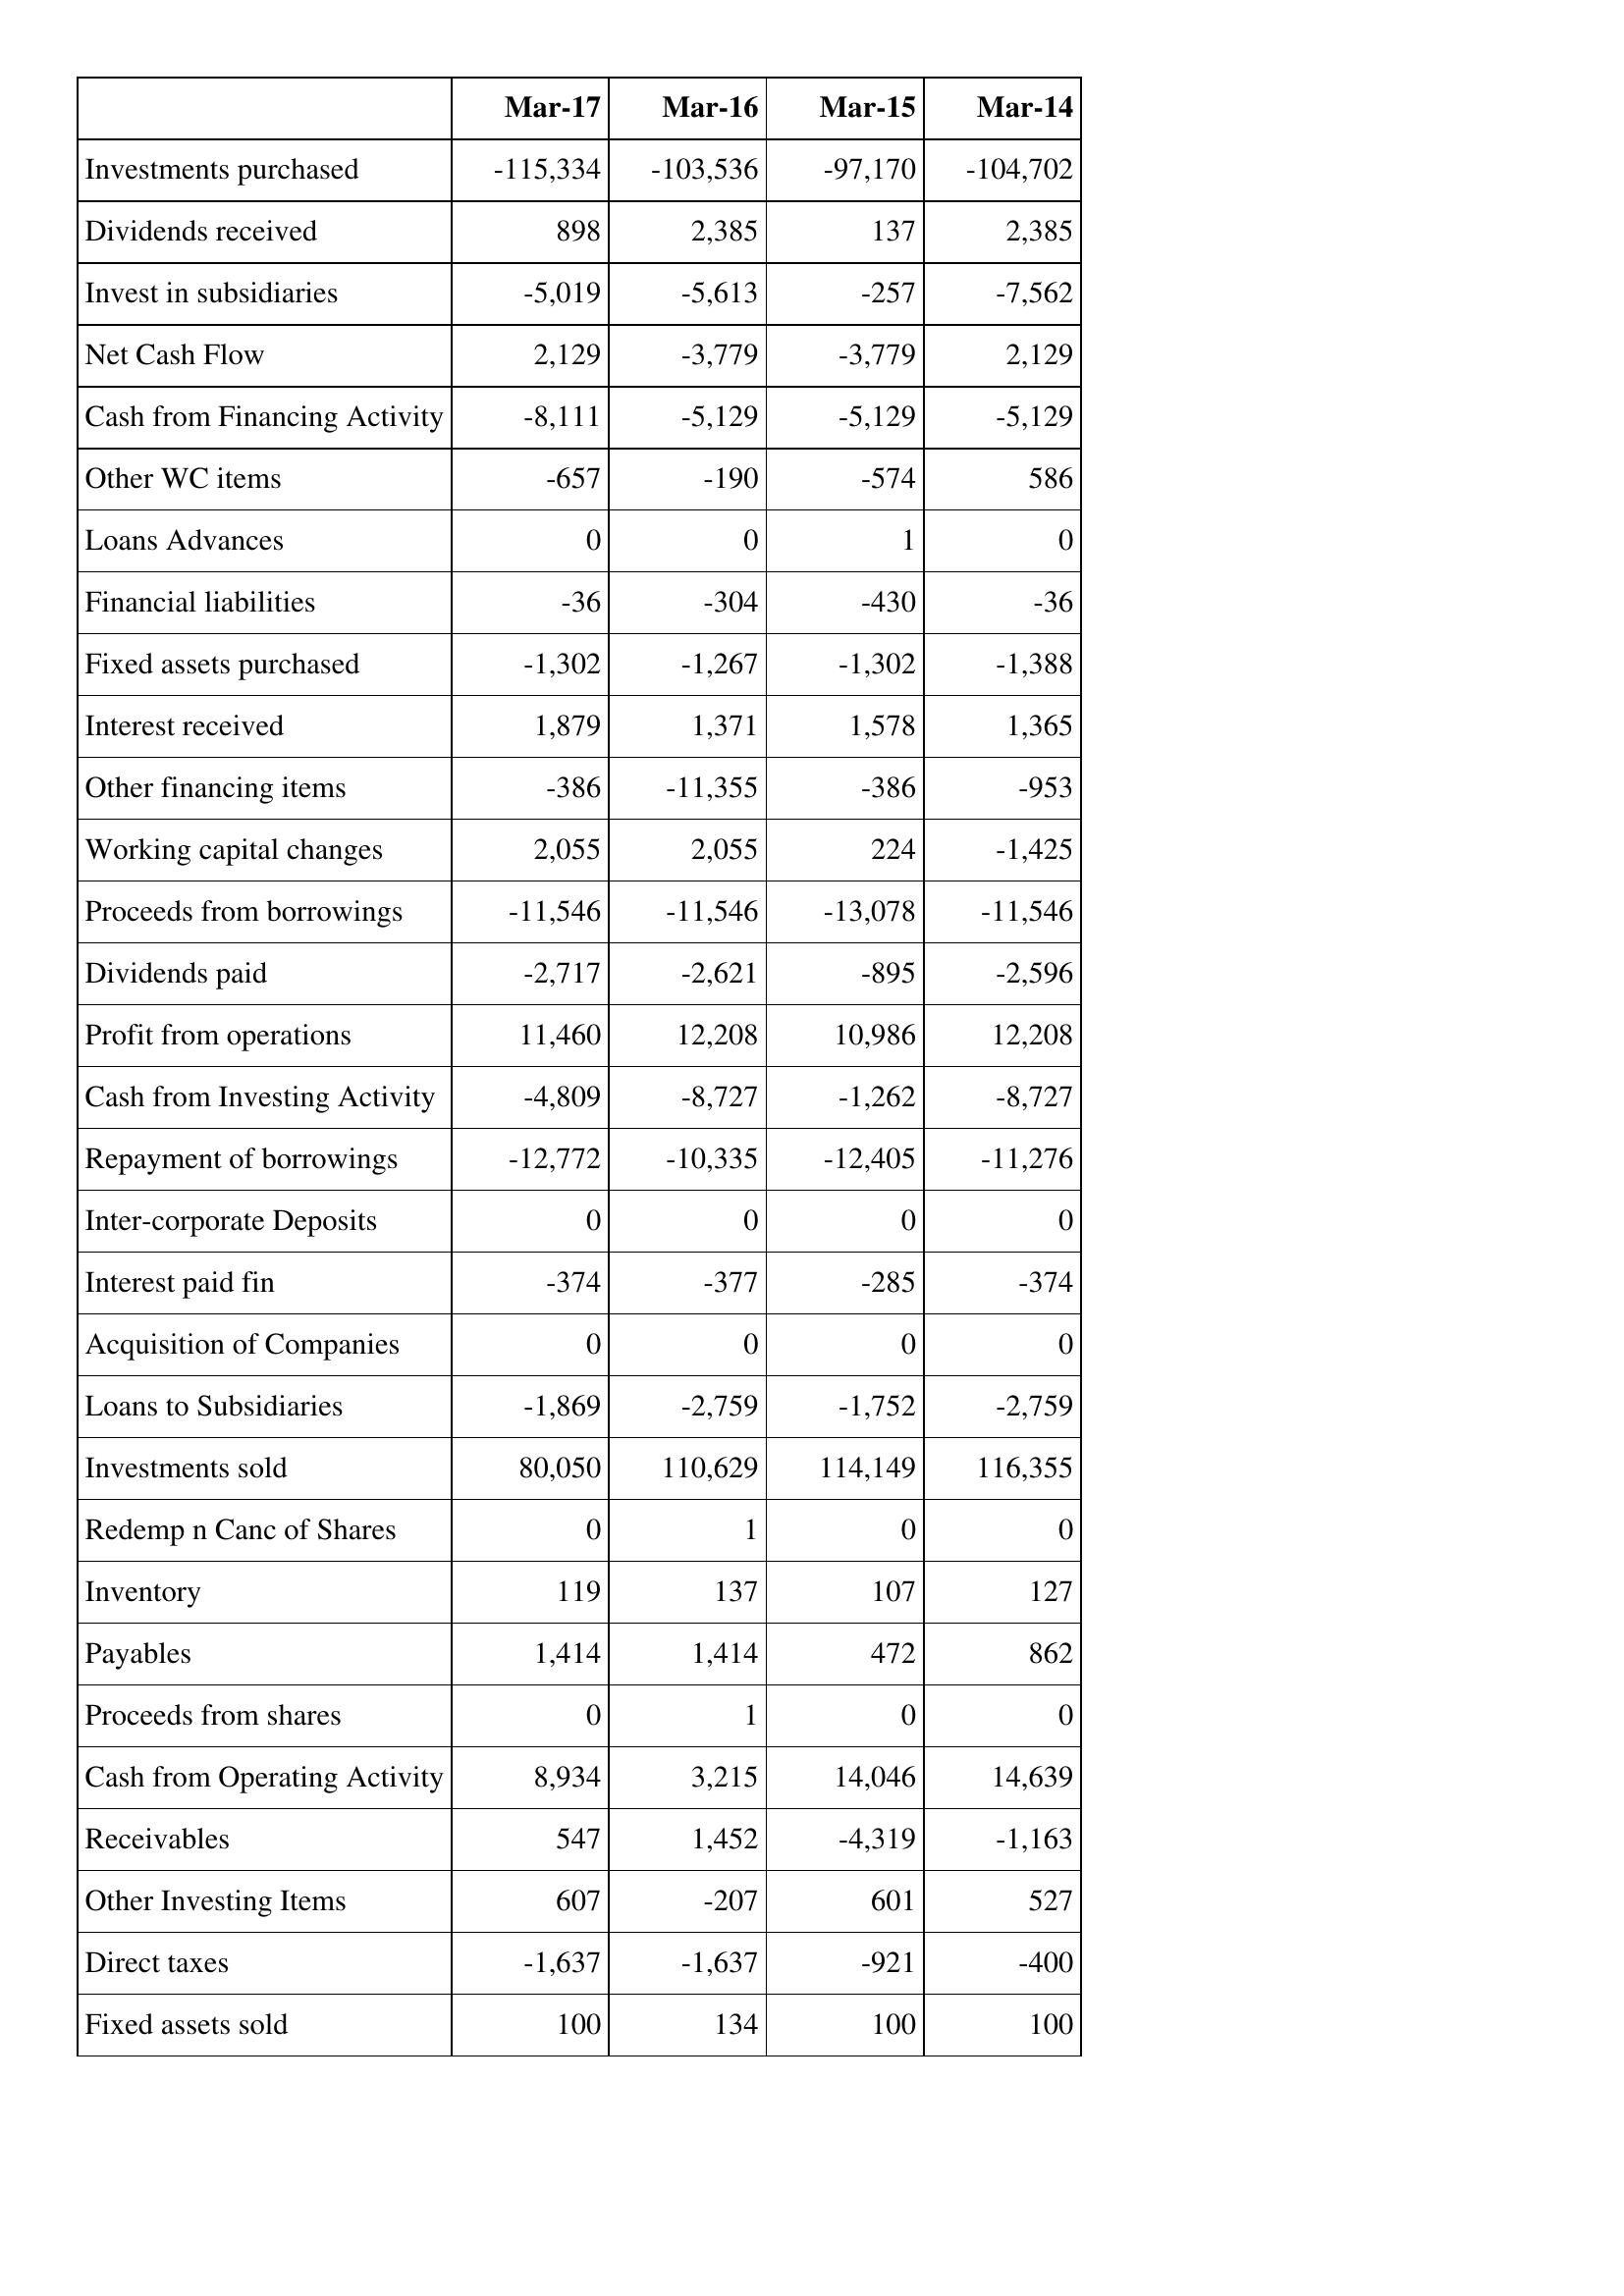
Mar-17: Cash Flows: Investments purchased: -115,334
Dividends received: 898
Invest in subsidiaries: -5,019
Net Cash Flow: 2,129
Cash from Financing Activity: -8,111
Other WC items: -657
Loans Advances: 0
Financial liabilities: -36
Fixed assets purchased: -1,302
Interest received: 1,879
Other financing items: -386
Working capital changes: 2,055
Proceeds from borrowings: -11,546
Dividends paid: -2,717
Profit from operations: 11,460
Cash from Investing Activity: -4,809
Repayment of borrowings: -12,772
Inter-corporate Deposits: 0
Interest paid fin: -374
Acquisition of Companies: 0
Loans to Subsidiaries: -1,869
Investments sold: 80,050
Redemp n Canc of Shares: 0
Inventory: 119
Payables: 1,414
Proceeds from shares: 0
Cash from Operating Activity: 8,934
Receivables: 547
Other Investing Items: 607
Direct taxes: -1,637
Fixed assets sold: 100
Mar-16: Cash Flows: Investments purchased: -103,536
Dividends received: 2,385
Invest in subsidiaries: -5,613
Net Cash Flow: -3,779
Cash from Financing Activity: -5,129
Other WC items: -190
Loans Advances: 0
Financial liabilities: -304
Fixed assets purchased: -1,267
Interest received: 1,371
Other financing items: -11,355
Working capital changes: 2,055
Proceeds from borrowings: -11,546
Dividends paid: -2,621
Profit from operations: 12,208
Cash from Investing Activity: -8,727
Repayment of borrowings: -10,335
Inter-corporate Deposits: 0
Interest paid fin: -377
Acquisition of Companies: 0
Loans to Subsidiaries: -2,759
Investments sold: 110,629
Redemp n Canc of Shares: 1
Inventory: 137
Payables: 1,414
Proceeds from shares: 1
Cash from Operating Activity: 3,215
Receivables: 1,452
Other Investing Items: -207
Direct taxes: -1,637
Fixed assets sold: 134
Mar-15: Cash Flows: Investments purchased: -97,170
Dividends received: 137
Invest in subsidiaries: -257
Net Cash Flow: -3,779
Cash from Financing Activity: -5,129
Other WC items: -574
Loans Advances: 1
Financial liabilities: -430
Fixed assets purchased: -1,302
Interest received: 1,578
Other financing items: -386
Working capital changes: 224
Proceeds from borrowings: -13,078
Dividends paid: -895
Profit from operations: 10,986
Cash from Investing Activity: -1,262
Repayment of borrowings: -12,405
Inter-corporate Deposits: 0
Interest paid fin: -285
Acquisition of Companies: 0
Loans to Subsidiaries: -1,752
Investments sold: 114,149
Redemp n Canc of Shares: 0
Inventory: 107
Payables: 472
Proceeds from shares: 0
Cash from Operating Activity: 14,046
Receivables: -4,319
Other Investing Items: 601
Direct taxes: -921
Fixed assets sold: 100
Mar-14: Cash Flows: Investments purchased: -104,702
Dividends received: 2,385
Invest in subsidiaries: -7,562
Net Cash Flow: 2,129
Cash from Financing Activity: -5,129
Other WC items: 586
Loans Advances: 0
Financial liabilities: -36
Fixed assets purchased: -1,388
Interest received: 1,365
Other financing items: -953
Working capital changes: -1,425
Proceeds from borrowings: -11,546
Dividends paid: -2,596
Profit from operations: 12,208
Cash from Investing Activity: -8,727
Repayment of borrowings: -11,276
Inter-corporate Deposits: 0
Interest paid fin: -374
Acquisition of Companies: 0
Loans to Subsidiaries: -2,759
Investments sold: 116,355
Redemp n Canc of Shares: 0
Inventory: 127
Payables: 862
Proceeds from shares: 0
Cash from Operating Activity: 14,639
Receivables: -1,163
Other Investing Items: 527
Direct taxes: -400
Fixed assets sold: 100